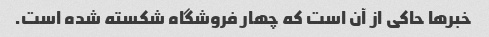
خبرها حاکی از آن است که چهار فروشگاه شکسته شده است.